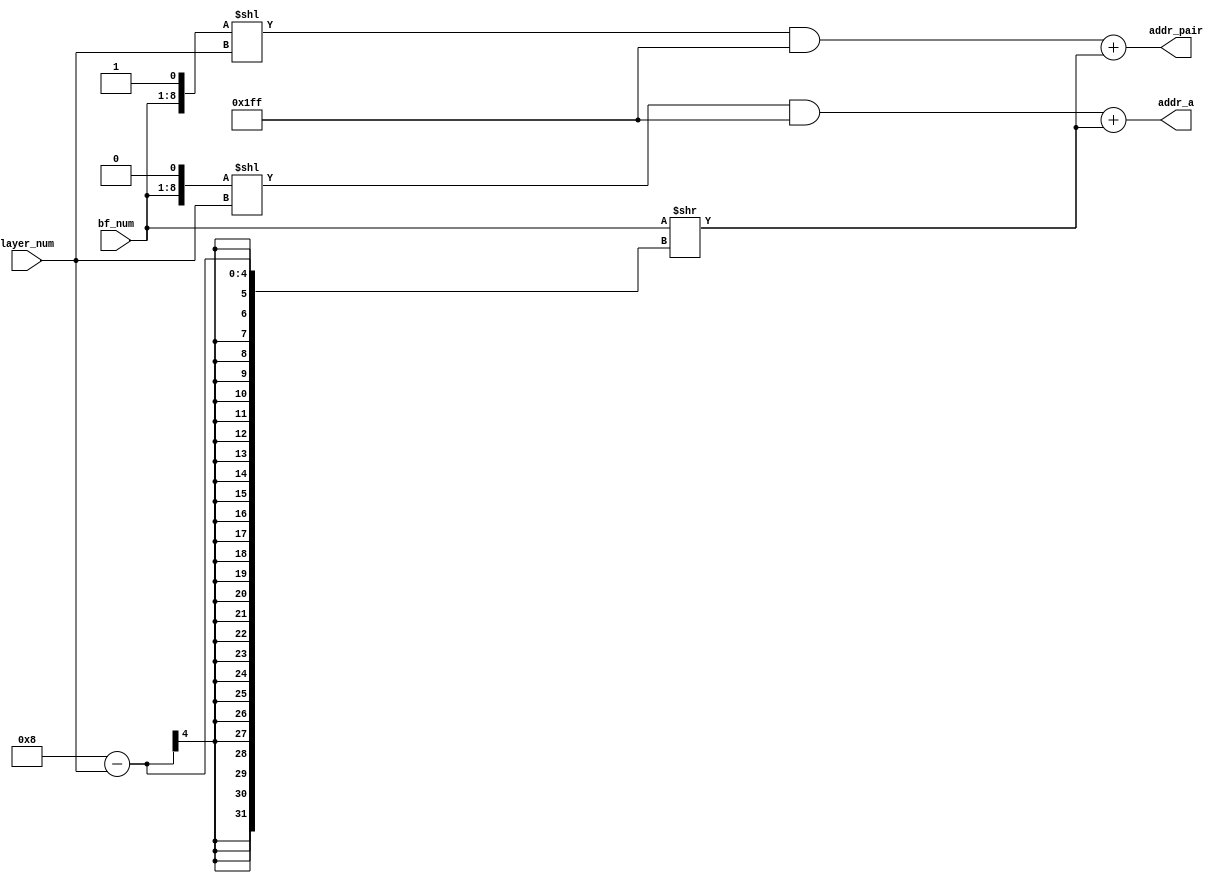
`timescale 1ns / 1ps
//////////////////////////////////////////////////////////////////////////////////
// Company: Virginia Tech
// 
// Module Name: get_address
// Project Name:  NTT
// Description: Given the bf_num and layer, this determines what
//  addresses should be the input to the butterfly module
//////////////////////////////////////////////////////////////////////////////////

module bf_addr(
    input [3:0] layer_num,
    input [7:0] bf_num,
    output [8:0] addr_a,
    output [8:0] addr_pair 
    );
    
    reg [8:0] addr_a_reg, addr_pair_reg;
    assign addr_a = addr_a_reg[8:0];
    assign addr_pair = addr_pair_reg[8:0];

    reg [8:0] offset; 
    
    // combinational block
    always @(*) begin       
        offset = (bf_num >> (8-layer_num));

        addr_a_reg = (({bf_num[7:0],1'd0} << layer_num) & 9'd511) + offset;
        addr_pair_reg = (({bf_num[7:0],1'd1} << layer_num) & 9'd511) + offset; 
    end
   
endmodule